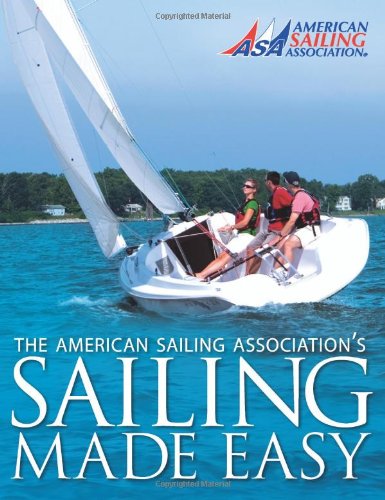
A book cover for Sailing Made Easy; The American Sailing Association ASA; Sports & Outdoors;